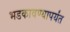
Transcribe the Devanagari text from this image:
भडकावण्यापर्यंत